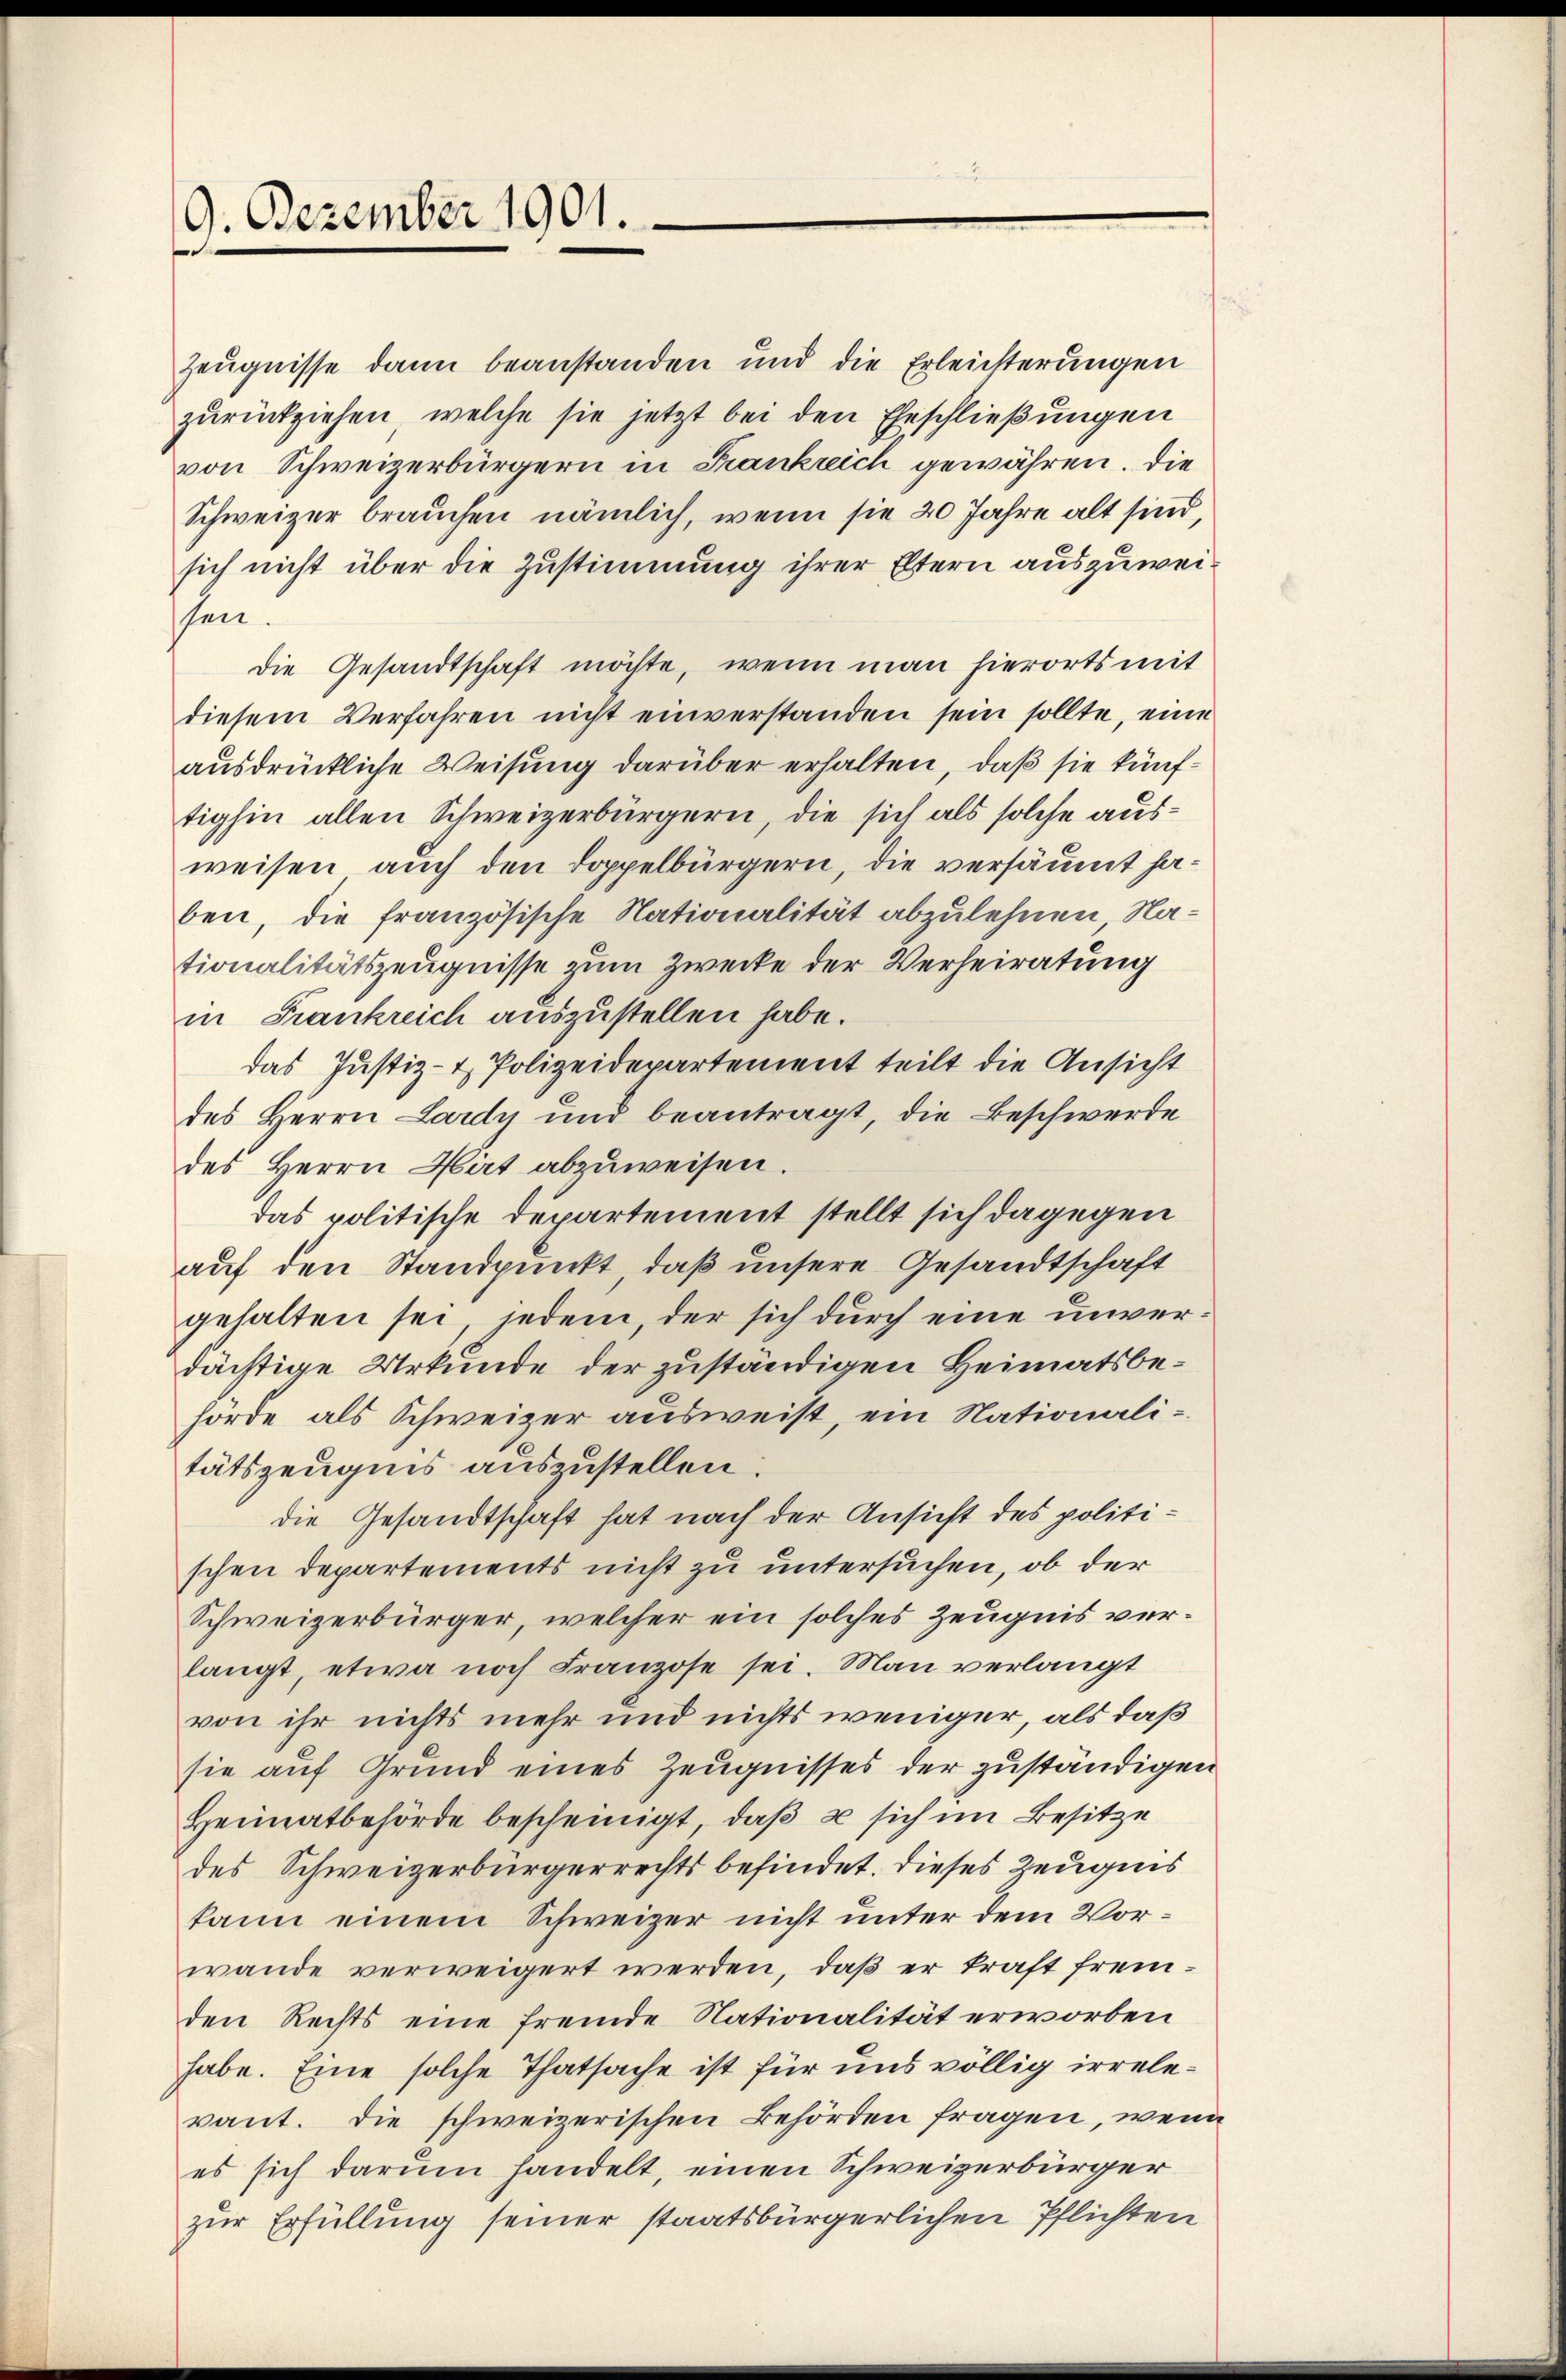
9. Dezember 1901.

Zeugnisse dann beanstanden und die Erleichterungen
zurückziehen, welche sie jetzt bei den Eheschließungen
von Schweizerbürgern in Frankreich gewähren. Die
Schweizer brauchen nämlich, wenn sie 20 Jahre alt sind,
sich nicht über die Zustimmung ihrer Eltern auszuweissen.
die Gesandtschaft möchte, wenn man hierorts mit
diesem Verfahren nicht einverstanden sein sollte, eine
ausdrückliche Weisung darüber erhalten, daß sie künftighin allen Schweizerbürgern, die sich als solche ausweisen, auch den Doppelbürgern, die versäumt haben, die französische Nationalität abzulehnen, Nationalitätszeugnisse zum Zwecke der Verheiratung
in Frankreich auszustellen habe.
das Justiz- & Polizeidepartement teilt die Ansicht
des Herrn Lardy und beantragt, die Beschwerde
des Herrn Hat abzuweisen
das politische Departement stellt sich dagegen
auf den Standpunkt, daß unsere Gesandtschaft
gehalten sei, jedem, der sich durch eine unverdächtige Urkunde der zuständigen Heimatsbehörde als Schweizer ausweist, ein Nationalitätszeugnis auszustellen.
die Gesandtschaft hat nach der Ansicht des politischen Departements nicht zu untersuchen, ob der
Schweizerbürger, welcher ein solches Zeugnis verlangt etwa noch Franzose sei. Man verlangt
von ihr nichts mehr und nichts weniger, als daß
sie auf Grund eines Zeugnisses der zuständigen
Heimatbehörde bescheinigt, daβ u sich im Besitze
des Schweizerbürgerrechts befindet. Dieses Zeugnis
kann einem Schweizer nicht unter dem Vorwande verweigert werden, daß er kraft fremden Rechts eine fremde Nationalität erworben
habe. Eine solche Thatsache ist für uns völlig irrelevant. Die schweizerischen Behörden fragen, wenn
es sich darum handelt, einen Schweizerbürger
zur Erfüllung seiner staatsbürgerlichen Pflichten